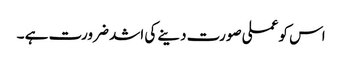
اس کو عملی صورت دینے کی اشد ضرورت ہے ۔